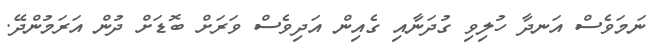
ނަމަވެސް އަނދާ ހުލިވި ގުދަނާއި ގެއިން އަދިވެސް ވަރަށް ބޮޑަށް ދުން އަރަމުންދޭ.